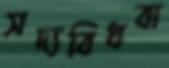
সদ্যবিধবা